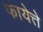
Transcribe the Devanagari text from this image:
फायेत्ते